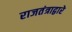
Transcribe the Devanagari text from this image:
राजतंत्राद्वारे